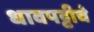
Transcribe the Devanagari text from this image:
धावपट्टीचे